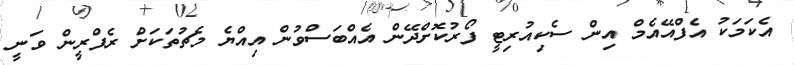
އެކަމަކު އެފްއޭއެމް އިން ސެކިއުރިޓީ ފޯރުކޮށްދޭން އެއްބަސްވުން އިއްޔެ މެޗުތަކަށް ރެފްރީން ވަނީ